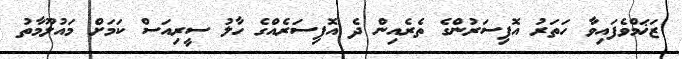
ޒަޚަމްވެފައިވާ ހަތަރު އޮފިސަރުންގެ ތެރެއިން ދެ އޮފިސަރެއްގެ ހާލު ސީރިއަސް ކަމަށް މައުލޫމާތު